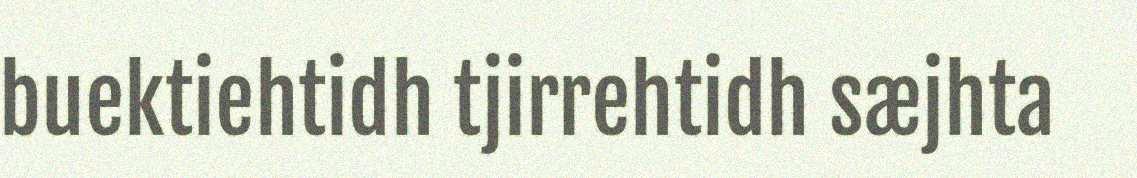
buektiehtidh tjirrehtidh sæjhta